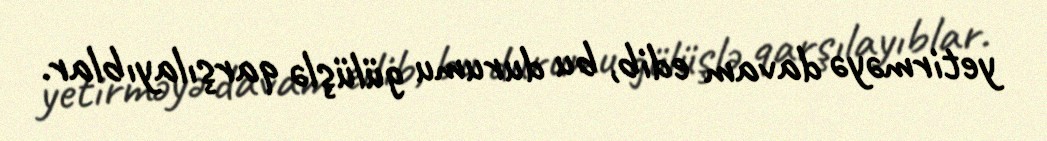
yetirməyə davam edib, bu durumu gülüşlə qarşılayıblar.